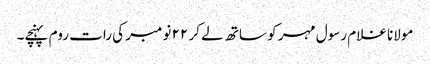
مولانا غلام رسول مہر کو ساتھ لے کر ٢٢ نومبر کی رات روم پہنچے۔